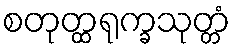
စတုတ္ထရုက္ခသုတ္တံ